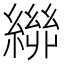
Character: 𮉃